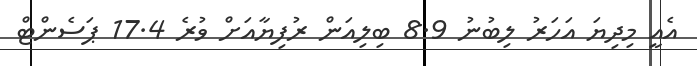
އެއީ މިދިޔަ އަހަރު ލިބުނު 8.9 ބިލިއަން ރުފިޔާއަށް ވުރެ 17.4 ޕަސެންޓް